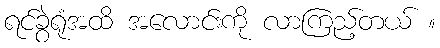
ရင်ခွဲရုံအထိ အလောင်းကို လာကြည့်တယ် ။